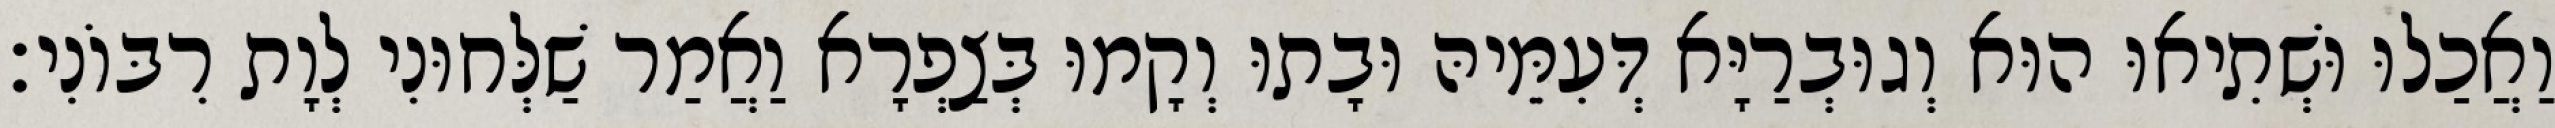
וַאֲכַלוּ וּשְׁתִיאוּ הוּא וְגוּבְרַיָּא דְּעִמֵּיהּ וּבָתוּ וְקָמוּ בְּצַפְרָא וַאֲמַר שַׁלְּחוּנִי לְוָת רִבּוֹנִי׃